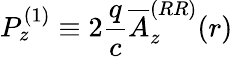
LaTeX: P_{z}^{\left(1\right)}\equiv 2\frac{q}{c}\overline{{A}}_{z}^{(RR)}(r)